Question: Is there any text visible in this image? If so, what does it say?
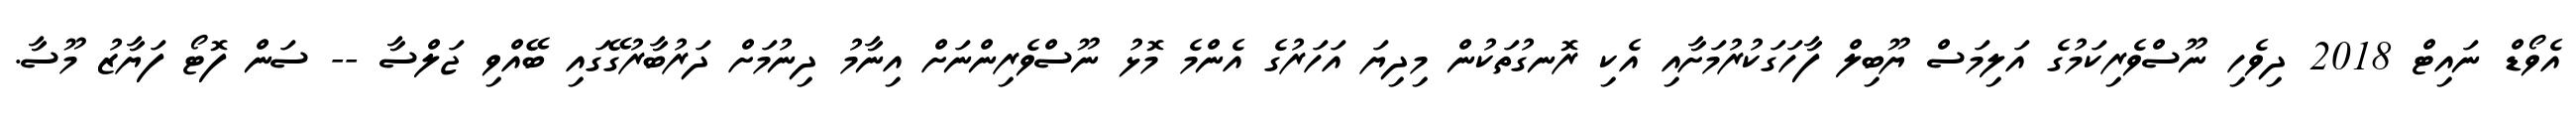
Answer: އެވޯޑް ނައިޓް 2018 ދިވެހި ނޫސްވެރިކަމުގެ އަލިމަސް ޔޫބިލް ފާހަގަކުރުމަށާއި އެކި ރޮނގުތަކުން މިދިޔަ އަހަރުގެ އެންމެ މޮޅު ނޫސްވެރިންނަށް އިނާމު ދިނުމަށް ދަރުބާރުގޭގައި ބޭއްވި ޖަލްސާ -- ސަން ފޮޓޯ ފަޔާޒު މޫސާ.